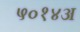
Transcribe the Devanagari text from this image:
५०१४अ